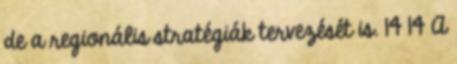
de a regionális stratégiák tervezését is. 14 14 A